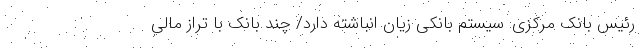
رئیس بانک مرکزی: سیستم بانکی زیان انباشته دارد/ چند بانک با تراز مالی